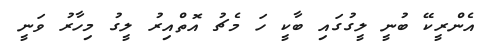
އެންރީކޭ ބުނީ ލީގުގައި ބާކީ ހަ މެޗު އޮތްއިރު ލީގު މިހާރު ވަނީ